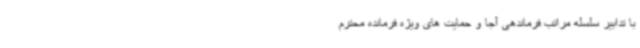
با تدابیر سلسله مراتب فرماندهی آجا و حمایت های ویژه فرمانده محترم